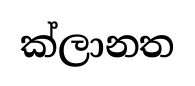
ක්ලානත